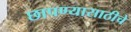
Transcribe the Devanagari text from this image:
छापण्यासाठीचे